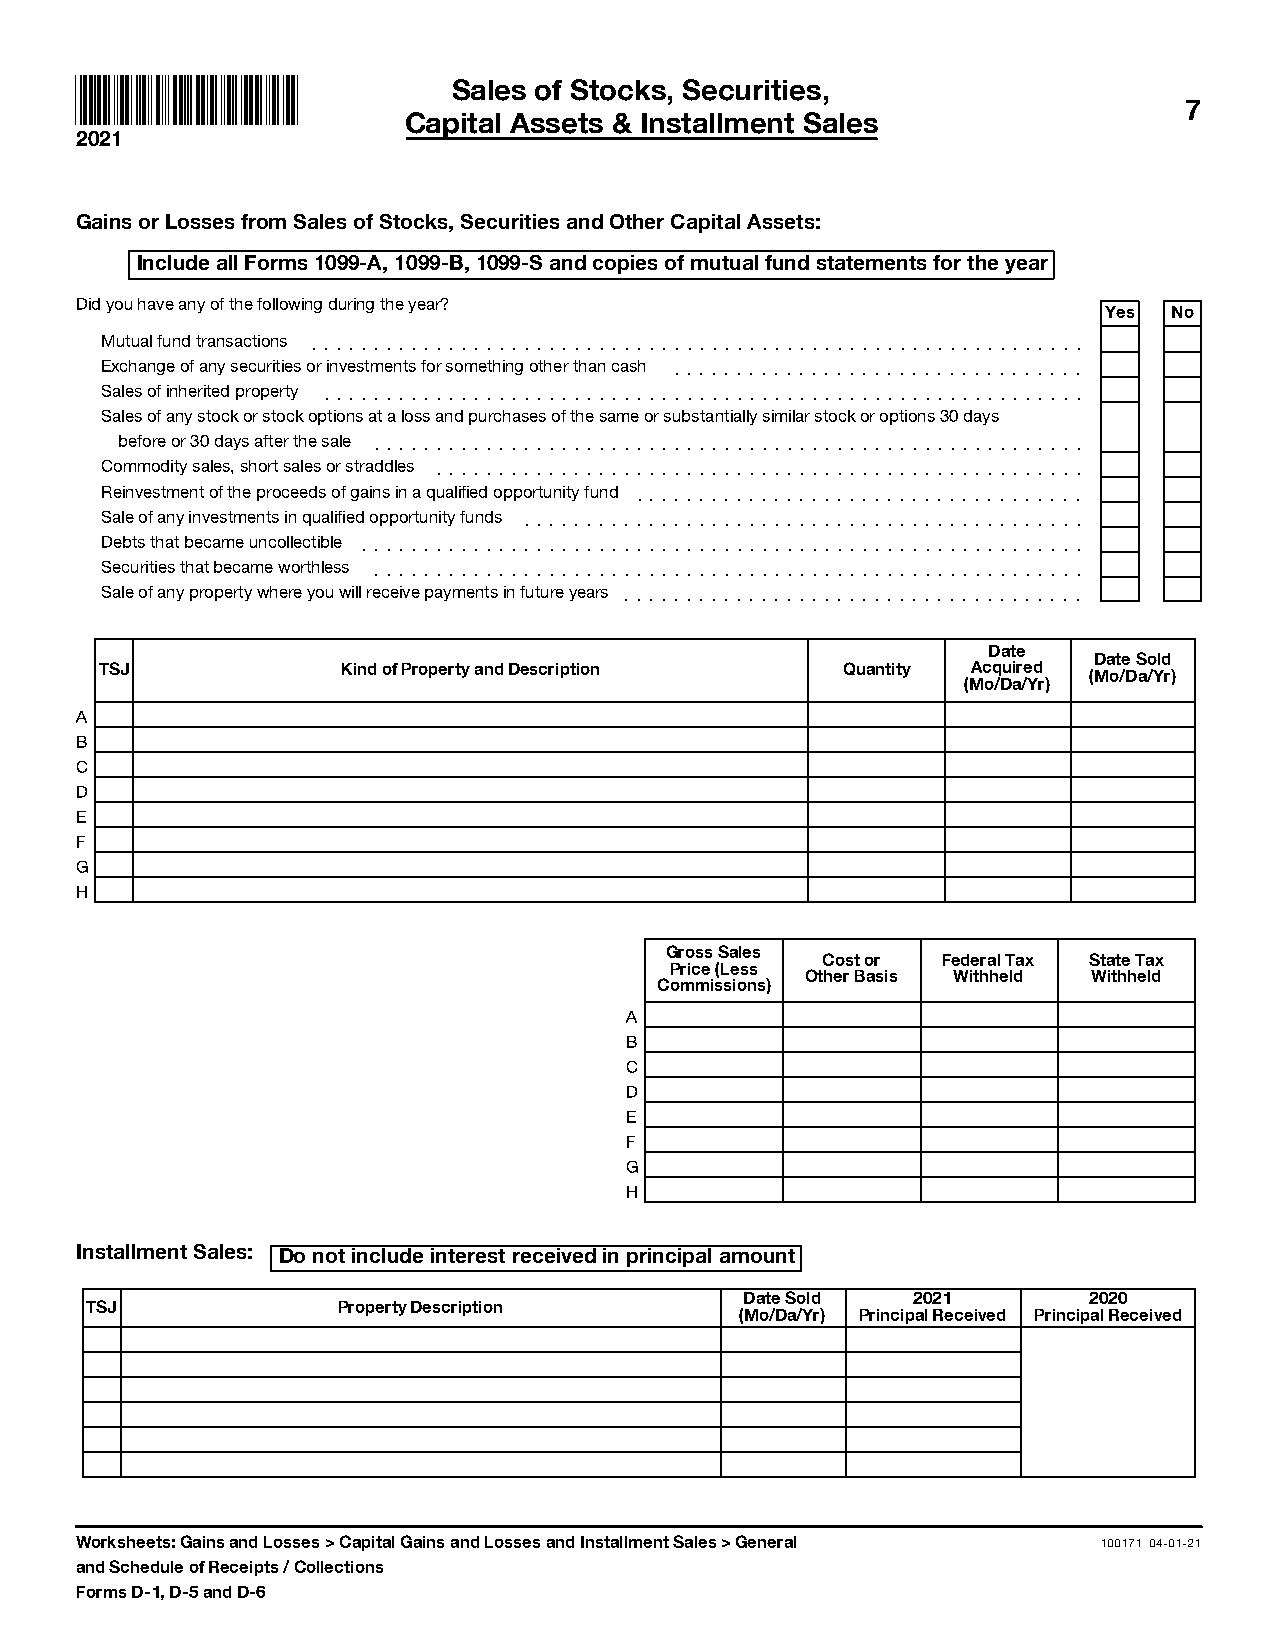
Sales of Stocks, Securities,
 7
 Capital Assets & Installment Sales
 2021
 Gains or Losses from Sales of Stocks, Securities and Other Capital Assets:
 Include all Forms 1099-A, 1099-B, 1099-S and copies of mutual fund statements for the year
 Did you have any of the following during the year?
 Yes  No
 Mutual fund transactions ]]]]]]]]]]]]]]]]]]]]]]]]]]]]]]]]]]]]]]]]]]]]]]]]]]]]]]]]]]]]]]
 Exchange of any securities or investments for something other than cash ]]]]]]]]]]]]]]]]]]]]]]]]]]]]]]]]]
 Sales of inherited property ]]]]]]]]]]]]]]]]]]]]]]]]]]]]]]]]]]]]]]]]]]]]]]]]]]]]]]]]]]]]]
 Sales of any stock or stock options at a loss and purchases of the same or substantially similar stock or options 30 days
 before or 30 days after the sale ]]]]]]]]]]]]]]]]]]]]]]]]]]]]]]]]]]]]]]]]]]]]]]]]]]]]]]]]]
 Commodity sales, short sales or straddles ]]]]]]]]]]]]]]]]]]]]]]]]]]]]]]]]]]]]]]]]]]]]]]]]]]]]
 Reinvestment of the proceeds of gains in a qualified opportunity fund ]]]]]]]]]]]]]]]]]]]]]]]]]]]]]]]]]]]]
 Sale of any investments in qualified opportunity funds ]]]]]]]]]]]]]]]]]]]]]]]]]]]]]]]]]]]]]]]]]]]]]
 Debts that became uncollectible ]]]]]]]]]]]]]]]]]]]]]]]]]]]]]]]]]]]]]]]]]]]]]]]]]]]]]]]]]]
 Securities that became worthless ]]]]]]]]]]]]]]]]]]]]]]]]]]]]]]]]]]]]]]]]]]]]]]]]]]]]]]]]]
 Sale of any property where you will receive payments in future years ]]]]]]]]]]]]]]]]]]]]]]]]]]]]]]]]]]]]]
 Date
 Date Sold
 TSJ             Kind of Property and Description Quantity Acquired
 (Mo/Da/Yr)
 (Mo/Da/Yr)
 A
 B
 C
 D
 E
 F
 G
 H
 Gross Sales
 Cost or Federal Tax State Tax
 Price (Less
 Other Basis Withheld Withheld
 Commissions)
 A
 B
 C
 D
 E
 F
 G
 H
 Installment Sales: Do not include interest received in principal amount
 Date Sold  2021        2020
 TSJ             Property Description
 (Mo/Da/Yr) Principal Received Principal Received
 Worksheets: Gains and Losses > Capital Gains and Losses and Installment Sales > General 100171 04-01-21
 and Schedule of Receipts / Collections
 Forms D-1, D-5 and D-6